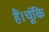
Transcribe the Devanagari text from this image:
हैं।चूंकि